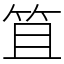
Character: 笡